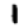
Digit: 1